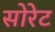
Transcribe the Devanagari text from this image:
सोरेट